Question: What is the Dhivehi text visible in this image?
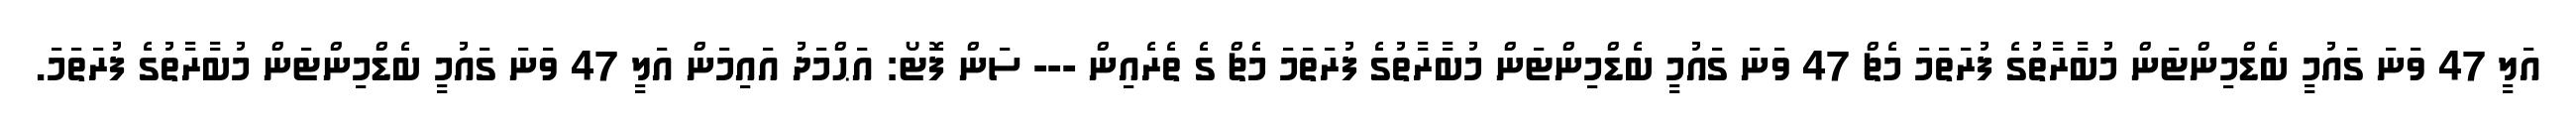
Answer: އަލީ 47 ވަނަ ގައުމީ ބެޑްމިންޓަން މުބާރާތުގެ ފުރަތަމަ މެޗް 47 ވަނަ ގައުމީ ބެޑްމިންޓަން މުބާރާތުގެ ފުރަތަމަ މެޗް ގެ ތެރެއިން --- ސަން ފޮޓޯ: އަޙްމަދު އައިމަން އަލީ 47 ވަނަ ގައުމީ ބެޑްމިންޓަން މުބާރާތުގެ ފުރަތަމަ.